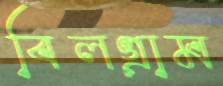
বিলগ্রাম